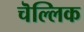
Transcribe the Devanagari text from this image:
चॆल्लिक